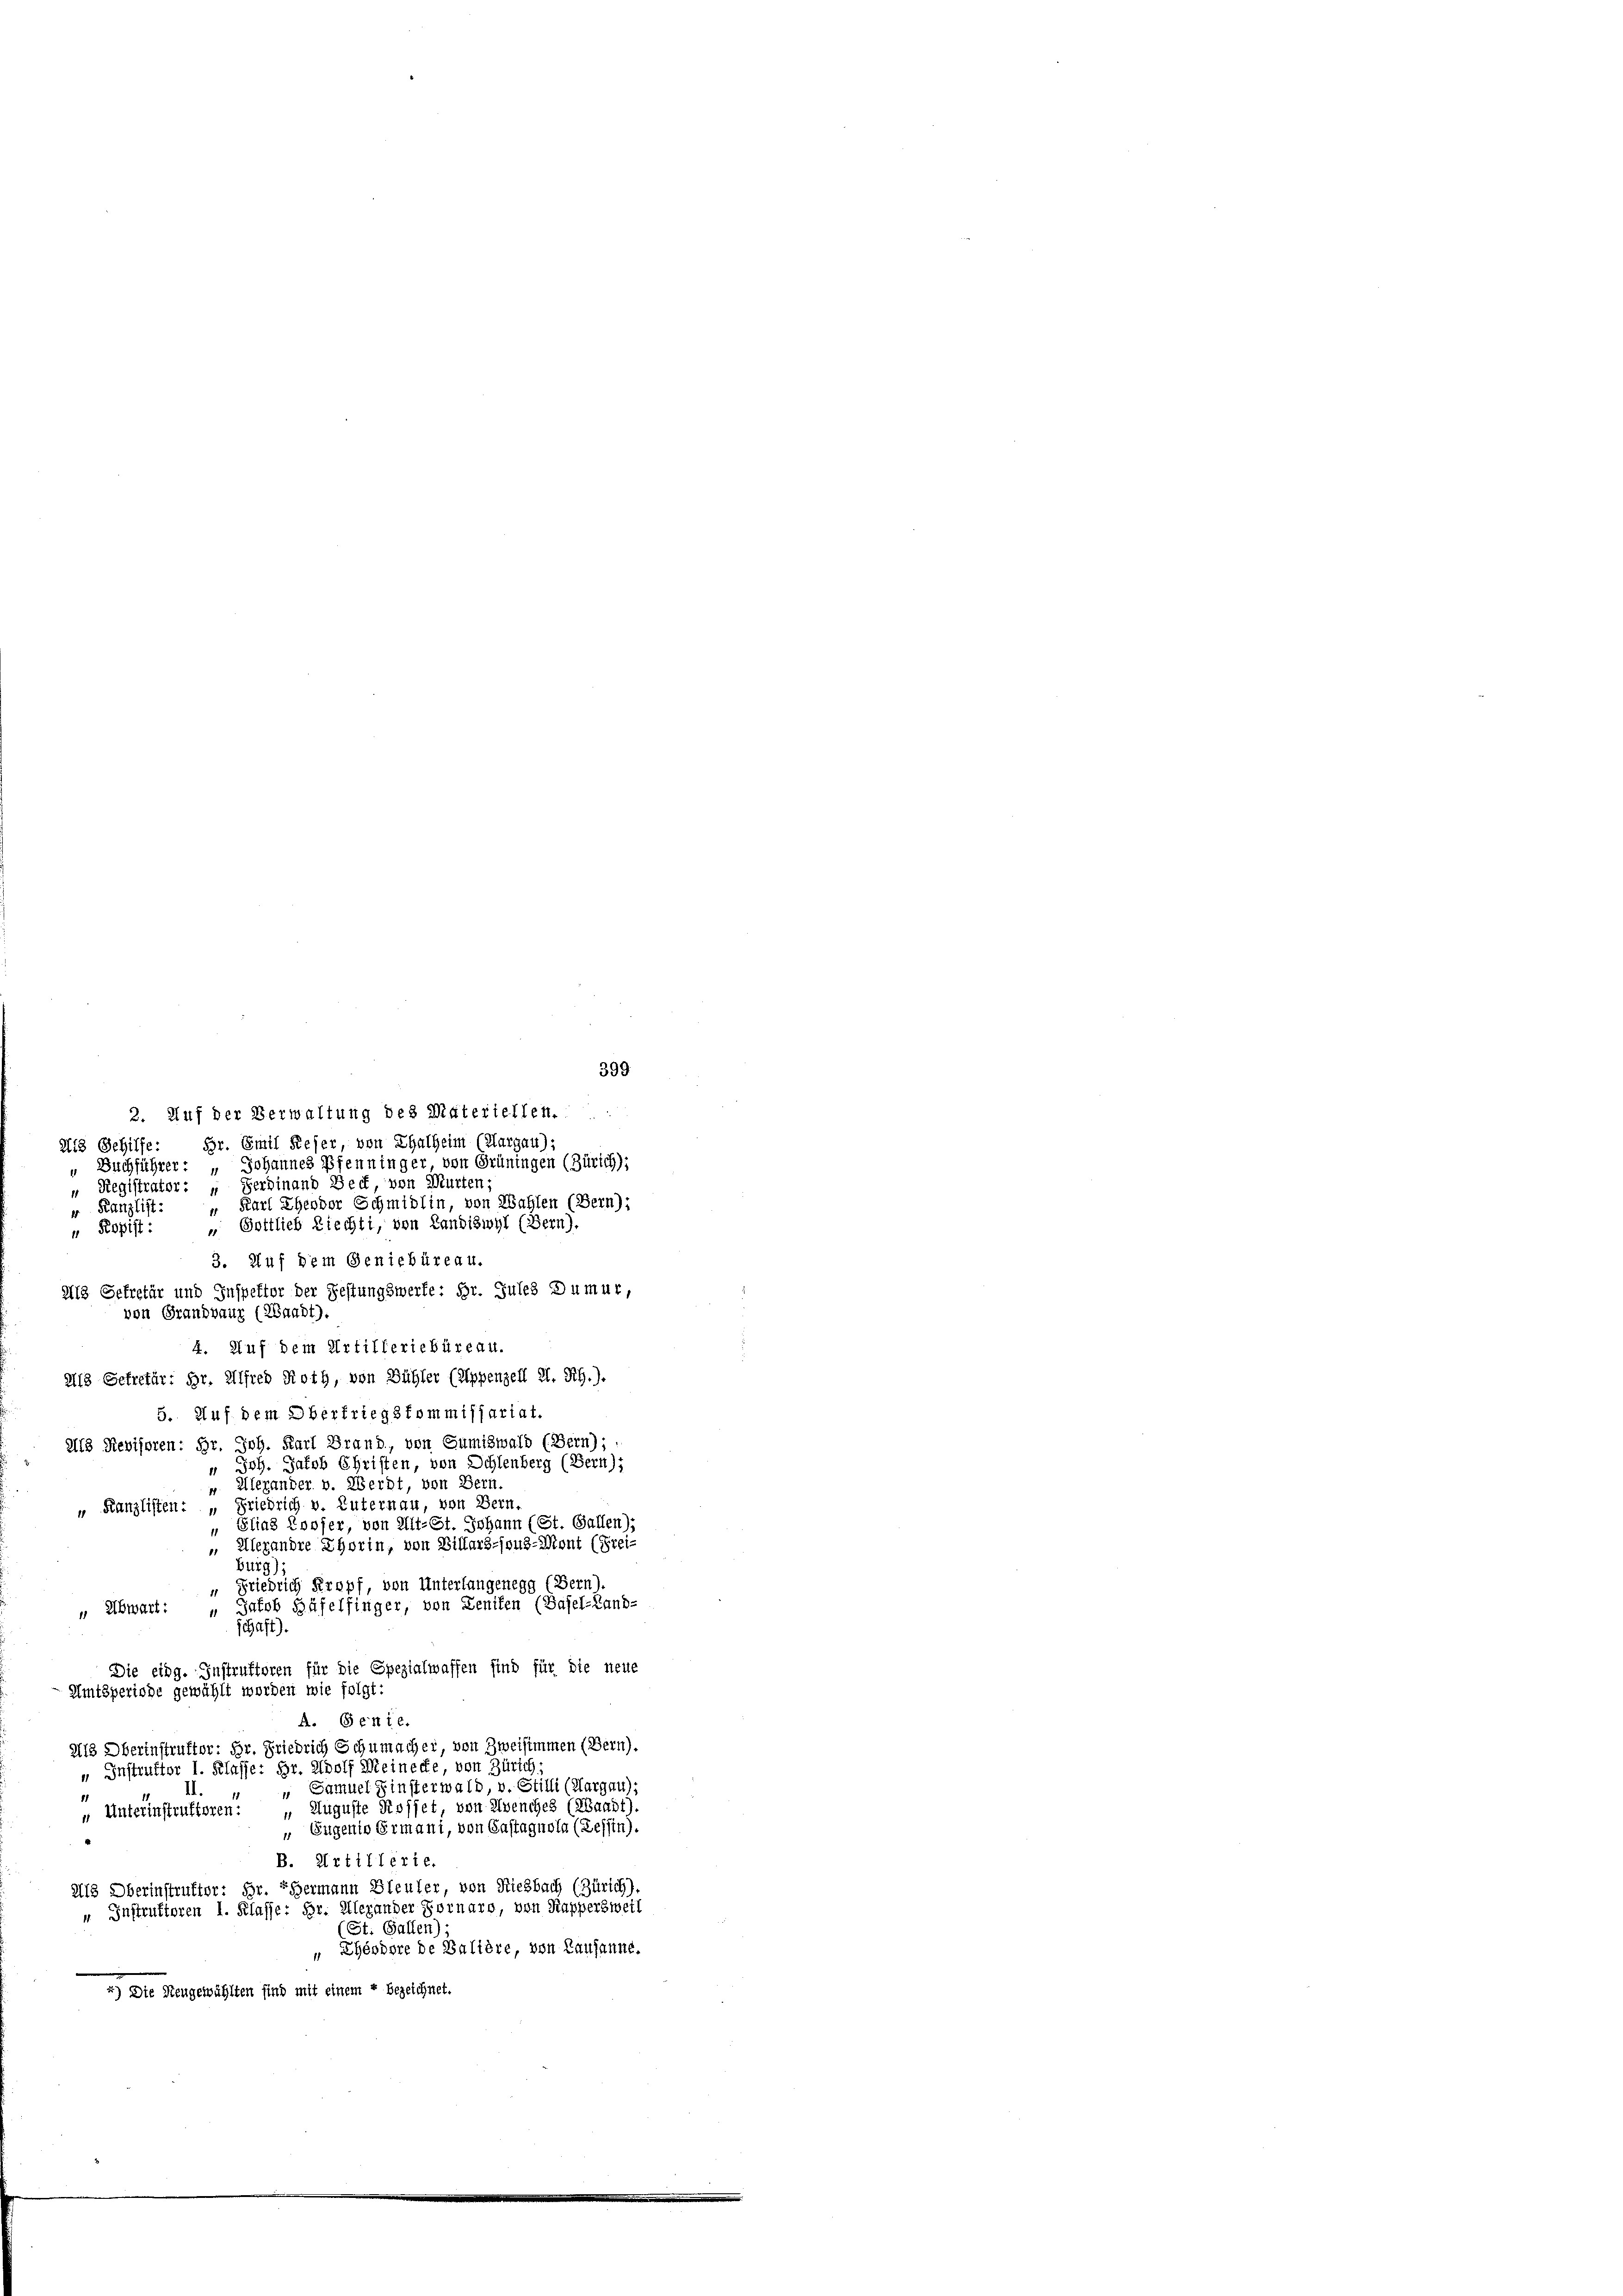
399
2. Auf der Verwaltung des Materiellen.
Br. Emil Keser, von Thalheim (Klargau):
2i8 Gehilfe
Johannes Pfenninger, von Grüningen (Zürich);
Buchführer
Ferdinand Beck, von Murten
Registrator :
" Kanzlist: „Karl Ehender Schmidlin, von Wahlen (Bern):
" Gottlieb Riechti, von Landiswyl (Bern).
" Ropist:
3. Auf dem Geniebüreau.
I13 Gekretär und Inspektor der Festungswerte: Hr. Jules Du mur,
von Grandvauz (Waadt).
4. Auf dem Artilleriebüreau.
213 Sekretär: Dr. Alfred Roth, von Bühler (Appenzell A. Rh.).
5. Auf dem Oberfriegskommissariat.
218 Revisoren: Hr. Joh. Karl Brand, von Gumiswald (Bern);
 Joh. Jakob Christen, von Schlenberg (Bern):
Alexander v. Werdt, von Bern.
1
" Kanzlisten: „Friedrich v. Luternau, von Bern,
Elias Looser, von Alt-St. Johann (St. Gallen),
 Alexandre Thorin, von Billars-joud-Mont (Frei-
burg);
“ Friedrich Kropf, von Unterlangenegg (Bern).
 Abwart: „Jakob Häfelfinger, von Zeniten (Basel-Land-
schaft)
Die eidg. Instruktoren für die Spezialwaffen sind für die neue
Amtsperiode gewählt worden wie folgt:
A. Genie.
als Obertnstrufter: Hr. Friedrich Schumacher, von Zweisimmen (Bern).
u Instruktor I. Klasse: Hr. Adolf Meinecke, von Zürich;
" Samuel Finsterwald, v. Stilli (Aargau);
.
 Unterinstruktoren: „Auguste Rosset von Avenches (Waadt).
 Eugenio Ermani, von Castagnola (Tessin).
B. Artillerie.
Als Oberinstrutter: Hr. Hermann Bleuler, von Riesbach (Zürich).
u Instruktoren I. Klasse: Hr. Alexander Fornaro, von Kappersweil
(St. Gallen);
" Ehéodore de Balière, von Lausanne.
“) Die Neugewählten sind mit einem « bezeichnet.